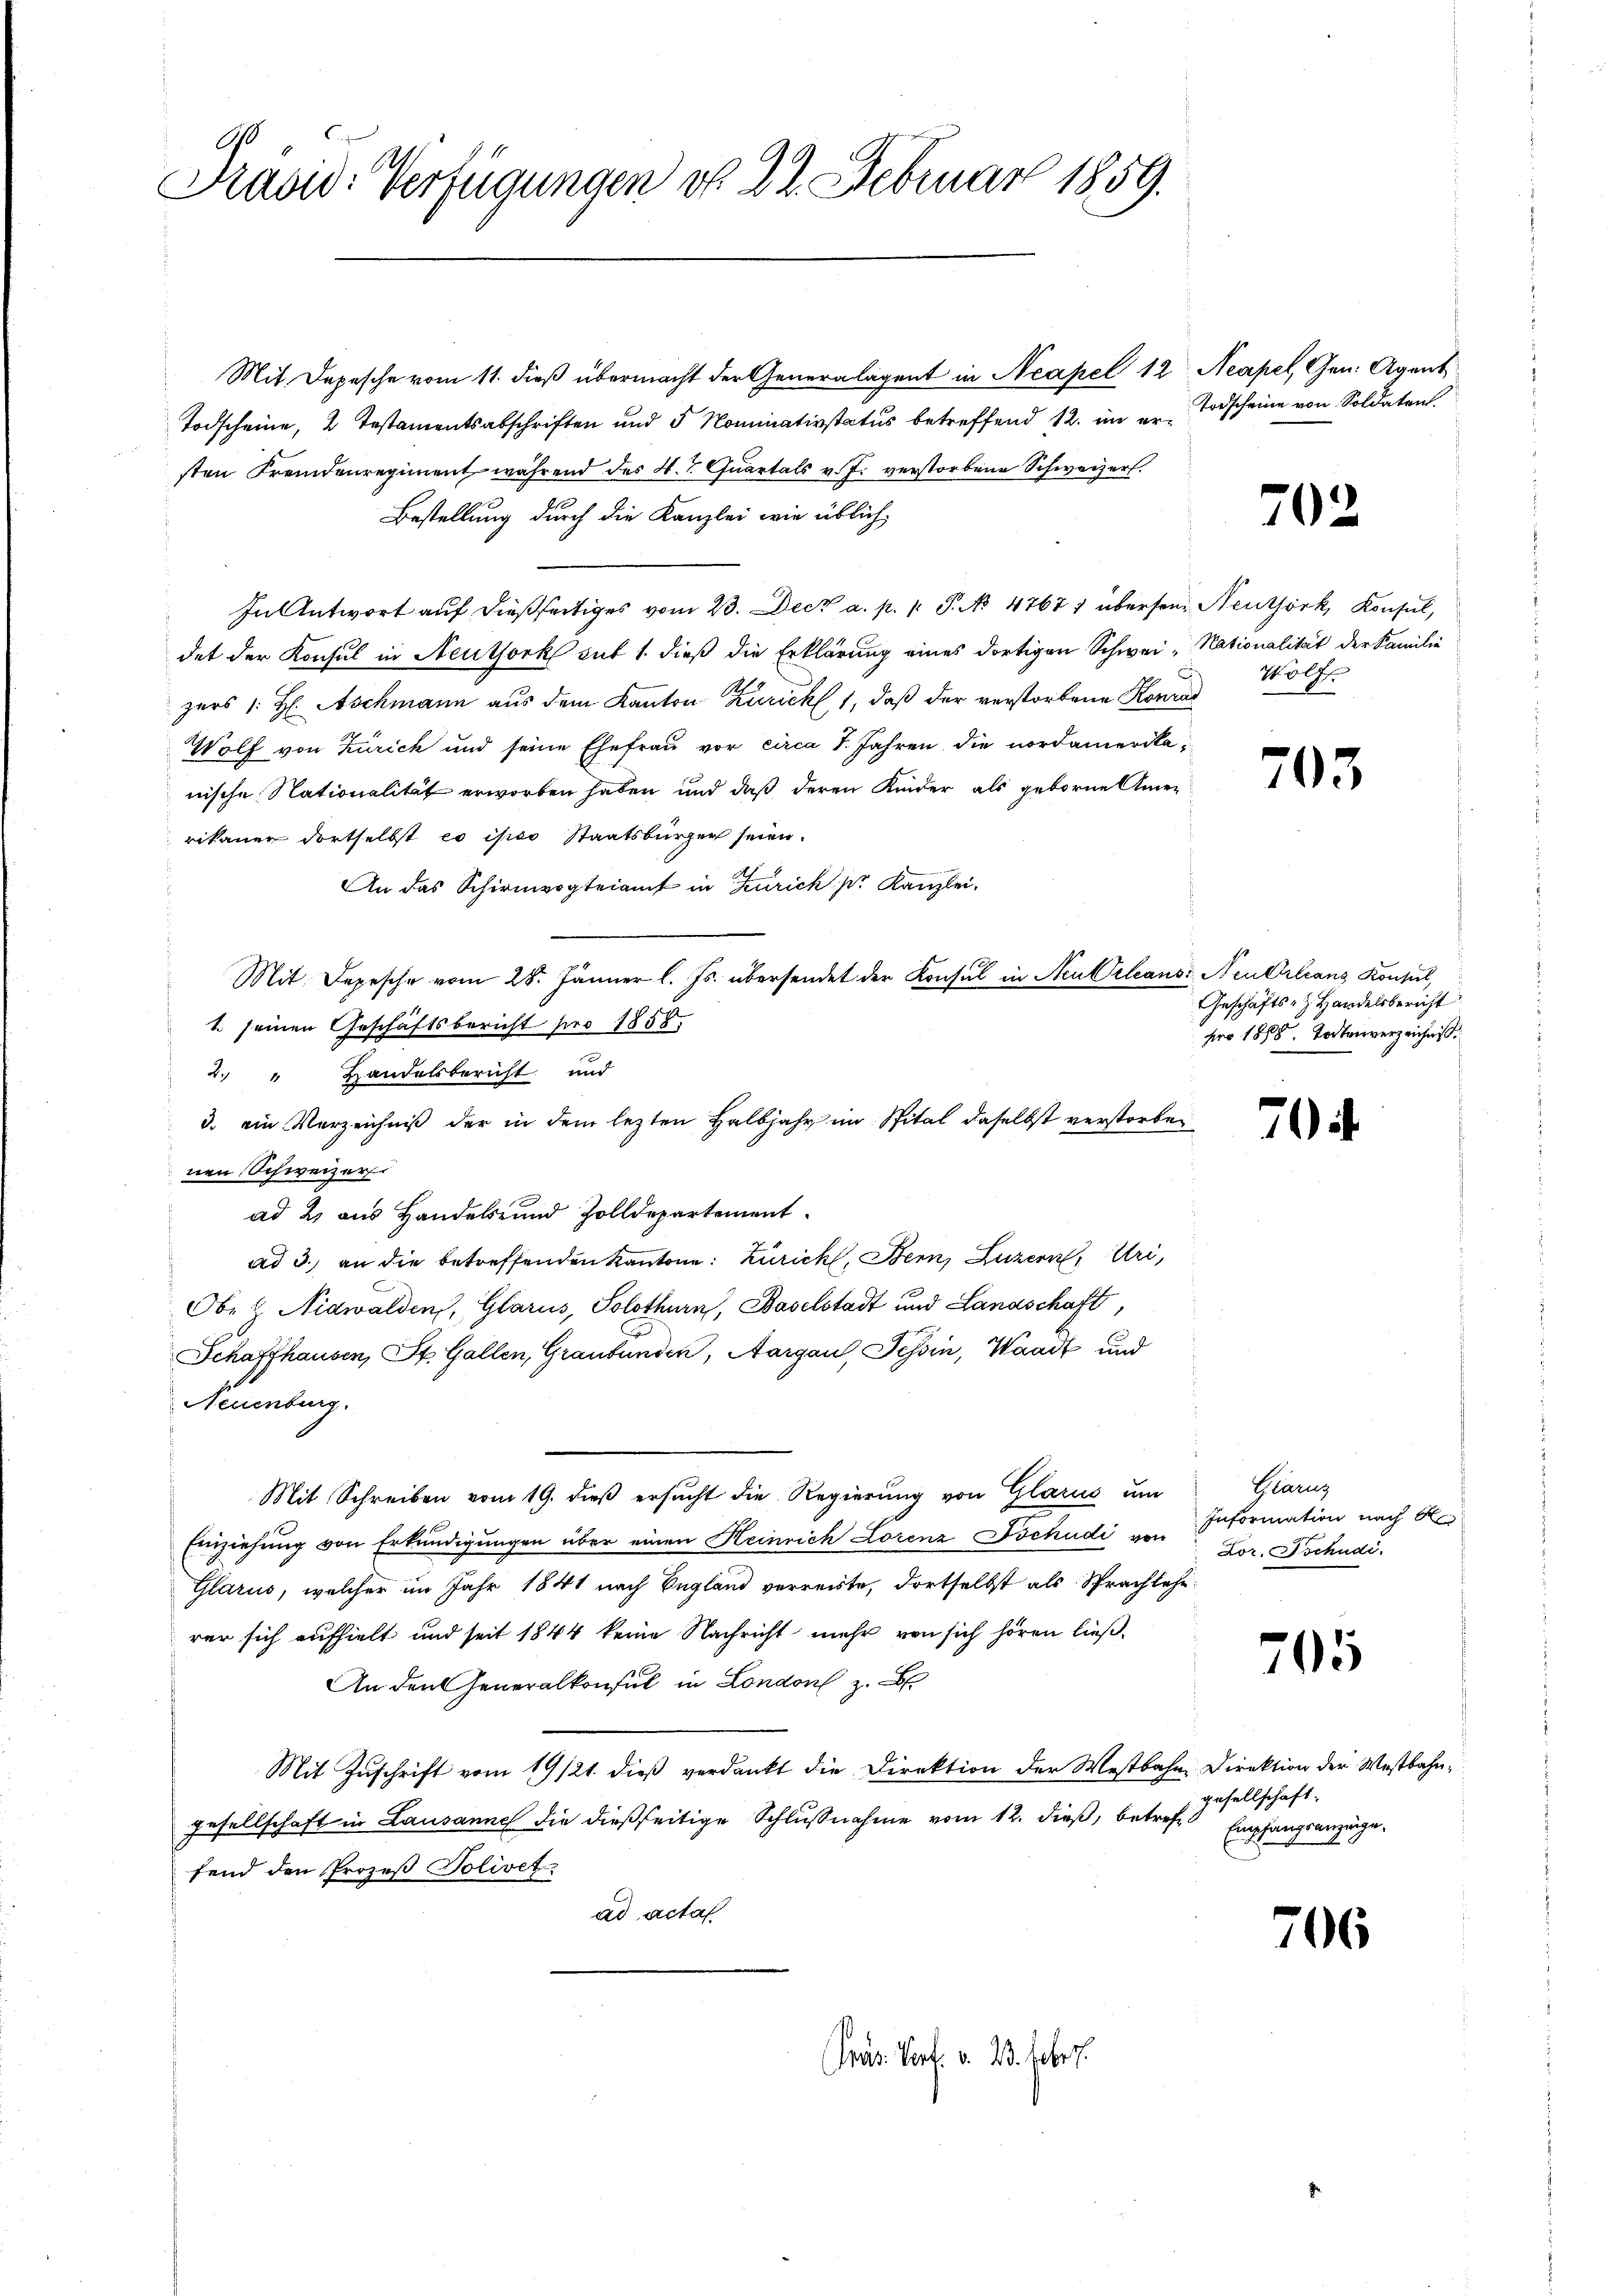
Prasid: Verfügungen do 22. Februar 1859.

Mit Depesche vom 11. dieß übermacht der Generalagent in Neapel 12 Neapel, Gen. Agent
Todscheine, 2 Testamentsabschriften und 5 Nominativstatus betreffend 12. im ersten Fremdenregiment während des 4. Quartals v. J. verstorbene Schweizer.
Bestellung durch die Kanzlei wie üblich-
In Antwort auf dießseitiges vom 23. Decr a. p. p. P. No 47671 übersen Neuthörk, Konsul,
det der Konsul in Neuthork sub 1. dieß die Erklärung eines dortigen Schwei-Nationalität der Familie
zers /: H: Aschmann aus dem Kanton Zürich 1, daß der verstorbene Konrad
Wolf von Zürich und seine Ehefrau vor circa 8. Jahren die nordamerikanische Nationalität erworben haben und daß deren Kinder als geborne Amerikaner dortselbst es ipso Staatsbürger seien.
An das Schirmvogteiamt in Zürich pr. Kanzlei.
Mit. Depesche vom 28. Jänner l. Js. übersendet der Konsul in Neu Orleans Neu Orleans Konsul,
1. seinen Geschäftsbericht pro 1858.
2. " Handelsbericht und
3. ein Verzeichniß der in dem lezten Halbjahr im Spital daselbst verstorben
nen Schweizer.
ad 2, aus Handels- und Zolldepartement
ad 3. an die betreffenden Kantone: Zürich, Bern, Luzern, Uri,
Obel. Nidwalden, Glarus, Solothurn, Baselstadt und Landschaft,
Schaffhausen, St. Gallen, Graubünden, Aargau, Tessin, Waadt und
Neuenburg.
Mit Schreiben vom 19. dieß ersucht die Regierung von Glarus um
Einziehung von Erkundigungen über einen Heinrich Lorenz Tschudi von
Glarus, welcher im Jahr 1841 nach England verreiste, dortselbst als Sprachlehe
rer sich aufhielt und seit 1844 keine Nachricht mehr von sich hören ließ¬
An den Generalkonsul in London z. B
Mit Zuschrift vom 19/21. dieß verdankt die Direktion der Westbahn, Direktion der Westbahngesellschaft in Lausanne die dießseitige Schlußnahme vom 12. dieß, betreff
fend den Prozeß Polivet
ad acta

Präs. Porf. v. 2. Feber.

Todscheine von Soldaten.

702

Holz

703.

Geschäfts- Handelsbericht
pro 1888. Todtenverzeichniß

7

Glarus
Information nach A
Lor. Dochnac

705

706

gesellschaft.
Empfangsanzeige.